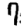
Digit: 7